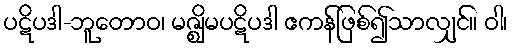
ပဋိပဒါ-ဘူတောဝ၊ မဇ္ဈိမပဋိပဒါ ဧကန်ဖြစ်၍သာလျှင်။ ဝါ၊